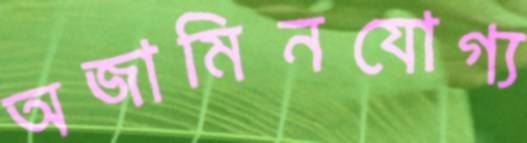
অজামিনযোগ্য